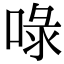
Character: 㖨